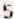
5